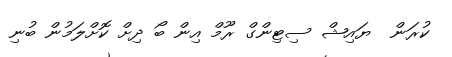
ކުރަން  ޔައިޝް ސިޓިންގް ރޫމް އިން ބޯ ދިށް ކޮށްލަމުން ބުނި